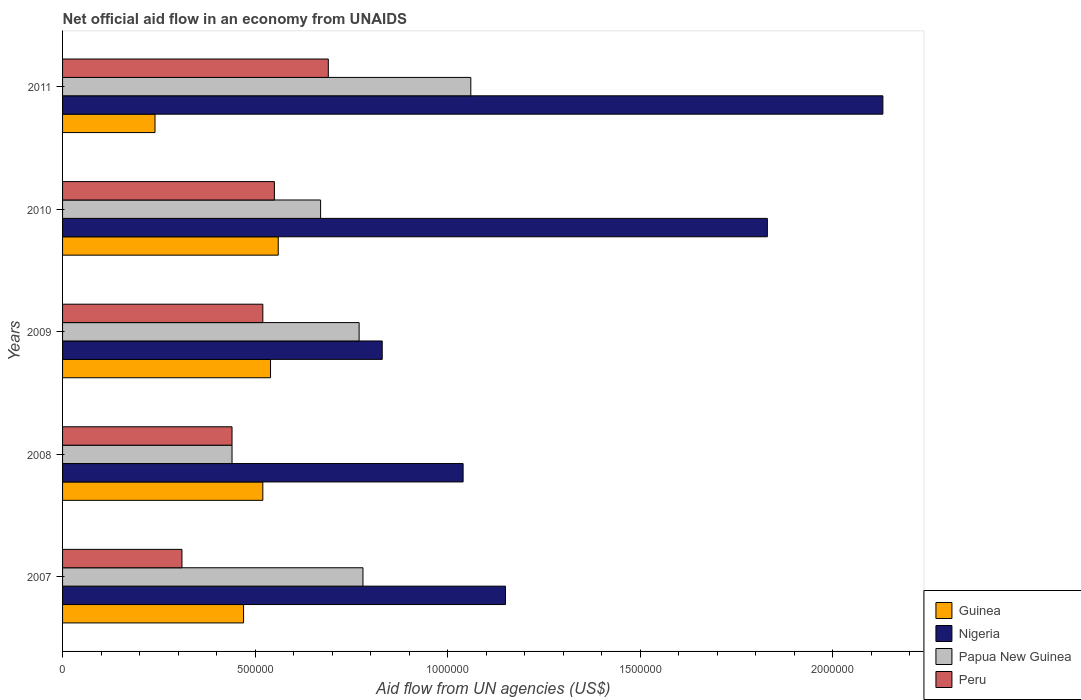
| Years | Guinea | Nigeria | Papua New Guinea | Peru |
 | --- | --- | --- | --- | --- |
 | 2007 | 4.7e+05 | 1.15e+06 | 7.8e+05 | 3.1e+05 |
 | 2008 | 5.2e+05 | 1.04e+06 | 4.4e+05 | 4.4e+05 |
 | 2009 | 5.4e+05 | 8.3e+05 | 7.7e+05 | 5.2e+05 |
 | 2010 | 5.6e+05 | 1.83e+06 | 6.7e+05 | 5.5e+05 |
 | 2011 | 2.4e+05 | 2.13e+06 | 1.06e+06 | 6.9e+05 |